Vaccine operations Central Provinces 1886-1899 - 1886-1899
Year: 1886
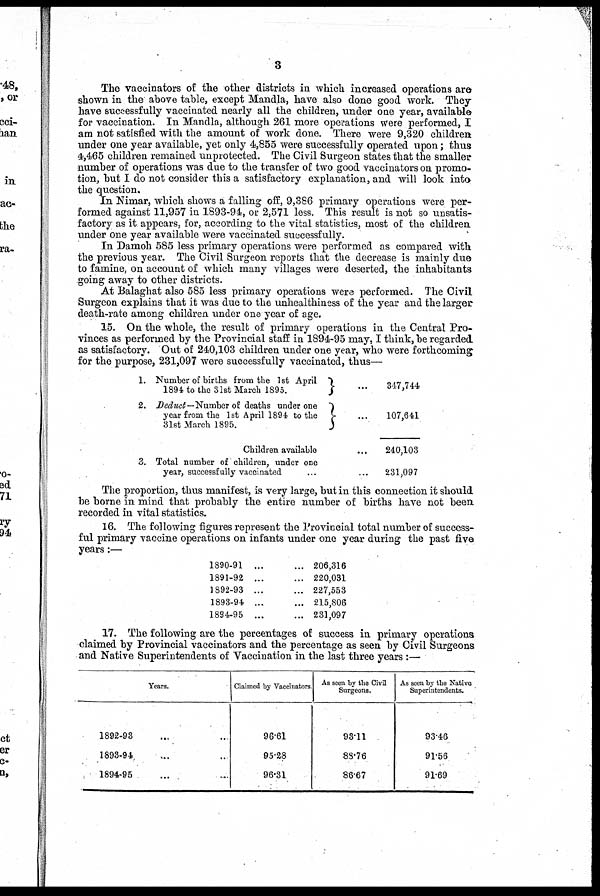
3
The vaccinators of the other districts in which increased operations are
shown in the above table, except Mandla, have also done good work. They
have successfully vaccinated nearly all the children, under one year, available
for vaccination. In Mandla, although 261 more operations were performed, I
am not satisfied with the amount of work done. There were 9,320 children
under one year available, yet only 4,855 were successfully operated upon; thus
4,465 children remained unprotected. The Civil Surgeon states that the smaller
number of operations was due to the transfer of two good vaccinators on promo-
tion, but I do not consider this a satisfactory explanation, and will look into
the question.
In Nimar, which shows a falling off, 9,386 primary operations were per-
formed against 11,957 in 1893-94, or 2,571 less. This result is not so unsatis-
factory as it appears, for, according to the vital statistics, most of the children
under one year available were vaccinated successfully.
In Damoh 585 less primary operations were performed as compared with
the previous year. The Civil Surgeon reports that the decrease is mainly due
to famine, on account of which many villages were deserted, the inhabitants
going away to other districts.
At Balaghat also 585 less primary operations were performed. The Civil
Surgeon explains that it was due to the unhealthiness of the year and the larger
death-rate among children under one year of age.
15. On the whole, the result of primary operations in the Central Pro-
vinces as performed by the Provincial staff in 1894-95 may, I think, be regarded
as satisfactory. Out of 240,103 children under one year, who were forthcoming
for the purpose, 231,097 were successfully vaccinated, thus—
1.
2.
9
Number of births from the 1 st April
1894 to the 31st March 1895. ...
Deduct—Number of deaths under one
year from the 1st April 1894 to the
31st March 1895. ...
Children available ...
Total number of children, under one
year, successfully vaccinated ...
347,744
107,641
40,103
31,097
The proportion, thus manifest, is very large, but in this connection it should
be borne in mind that probably the entire number of births have not been
recorded in vital statistics.
16. The following figures represent the Provincial total number of success-
ful primary vaccine operations on infants under one year during the past five
years:—
1890-91 ... ...
1891-92 ... ...
1892-93 ... ...
1893-94 ... ...
1894-95 ... ...
206,316
220,031
227,553
215,806
231,097
17. The following are the percentages of success in primary operations
claimed by Provincial vaccinators and the percentage as seen by Civil Surgeons
and Native Superintendents of Vaccination in the last three years:—
Years.
1892-93 ...
1893-94 ...
1894-95 ...
Claimed by Vaccinators
96.61
95.28
96.31
As seen by the Civil
Surgeons.
93.11
88.76
86.67
As scen by the Native
Superintendents.
93.46
91.56
91.69